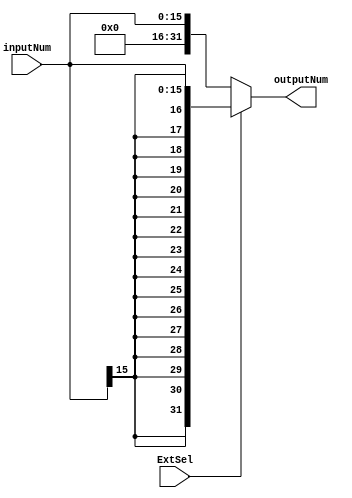
`timescale 1ns / 1ps
//////////////////////////////////////////////////////////////////////////////////
// Company: 
// Engineer: 
// 
// Design Name: 
// Module Name: SignZeroExtend
// Project Name: 
// Target Devices: 
// Tool Versions: 
// Description: 
// 
// Dependencies: 
// 
// Revision:
// Revision 0.01 - File Created
// Additional Comments:
// 
//////////////////////////////////////////////////////////////////////////////////

module SignZeroExtend(
	 ExtSel,
	 inputNum,
	 outputNum
);

	input ExtSel;
	input wire[15:0] inputNum;
	output reg[31:0] outputNum;

	initial begin
		outputNum = 0;
	end

	always @ (ExtSel or  inputNum)begin 
		if(ExtSel)begin
			outputNum = {{16{inputNum[15]}}, inputNum[15:0]};
		end
		else begin
		  outputNum = {{16{1'b0}},inputNum[15:0]};
		end
	end

endmodule